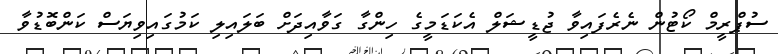
ސުޕްރީމް ކޯޓުން ނެރެފައިވާ ޖުޑީޝަލް އެކަޑަމީގެ ހިންގާ ގަވާއިދަށް ބަލައިލި ކަމުގައިވިޔަސް ކަންބޮޑުވާ